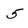
Character: 5